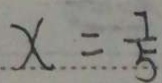
x = \frac { 7 } { 5 }